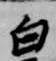
白